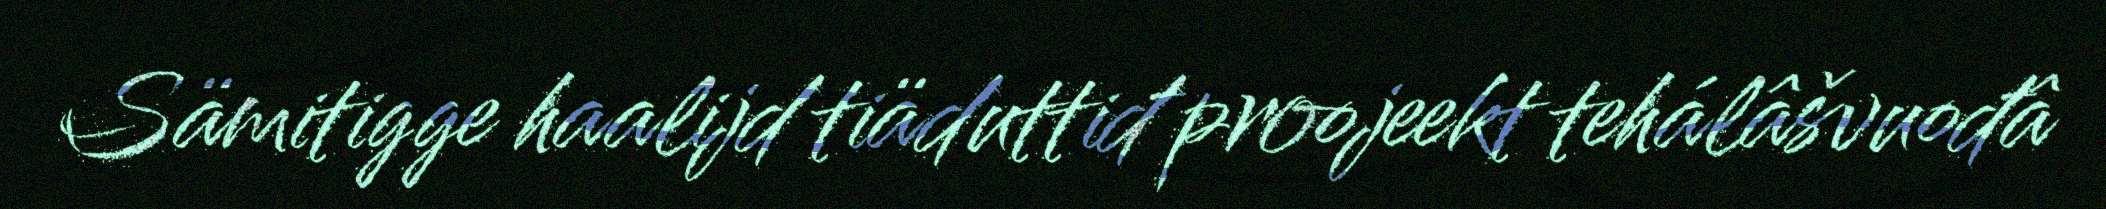
Sämitigge haalijd tiäduttiđ proojeekt tehálâšvuođâ